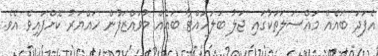
އެފަދަ ބައެއް މައްސަލަތަކުގައި ޖަލު ބަލަހައްޓާ ބައެއް މުވައްޒަފުން ހައްޔަރު ކޮށްފައިވެ އެވެ.